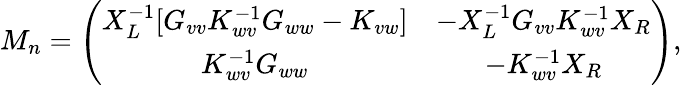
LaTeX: M_{n}=\left(\begin{array}{cc}{X_{L}^{-1}[G_{vv}K_{wv}^{-1}G_{ww}-K_{vw}]}&{-X_{L}^{-1}G_{vv}K_{wv}^{-1}X_{R}}\\ {K_{wv}^{-1}G_{ww}}&{-K_{wv}^{-1}X_{R}}\end{array}\right),